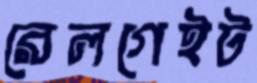
রেলগেইট